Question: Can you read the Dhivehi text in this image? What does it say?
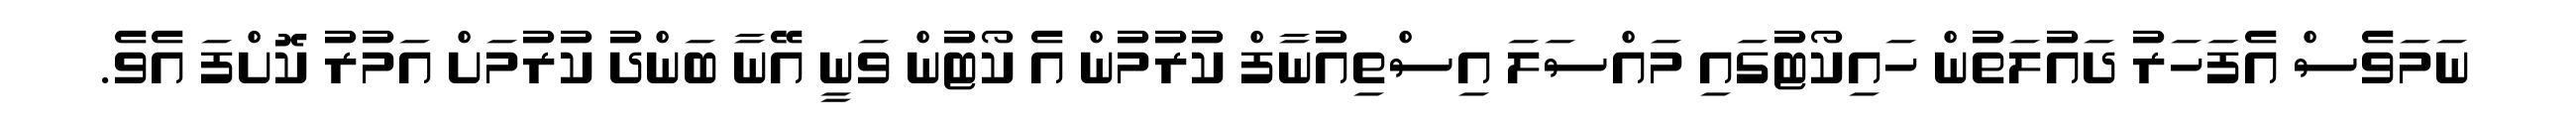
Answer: ނަމަވެސް އެފަހަރު ދައުލަތުން ހައިކޯޓުގައި މައްސަލަ އިސްތިއުނާފް ކުރުމުން އެ ކޯޓުން ވަނީ އޭނާ ބަންދު ކުރުމަށް އަމުރު ކޮށްފަ އެވެ.